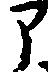
部